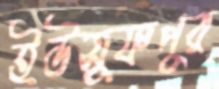
ইউসুফপুর